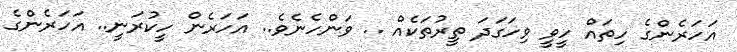
އަހަރެންގެ ހިތައް ހީވީ ވިހަގަދަ ތީރުތަކެއް .. ވަންހެނެވެ.. އަހަރެން ހީކުރަނީ.. އަހަރެންގެ